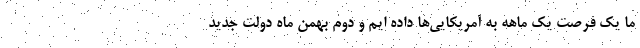
ما یک فرصت یک ماهه به آمریکایی‌ها داده ایم و دوم بهمن ماه دولت جدید